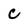
Character: c